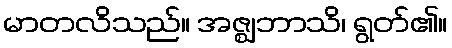
မာတလိသည်။ အဇ္ဈဘာသိ၊ ရွတ်၏။